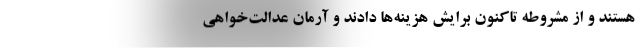
هستند و از مشروطه تاکنون برایش هزینه‌ها دادند و آرمان عدالت‌خواهی